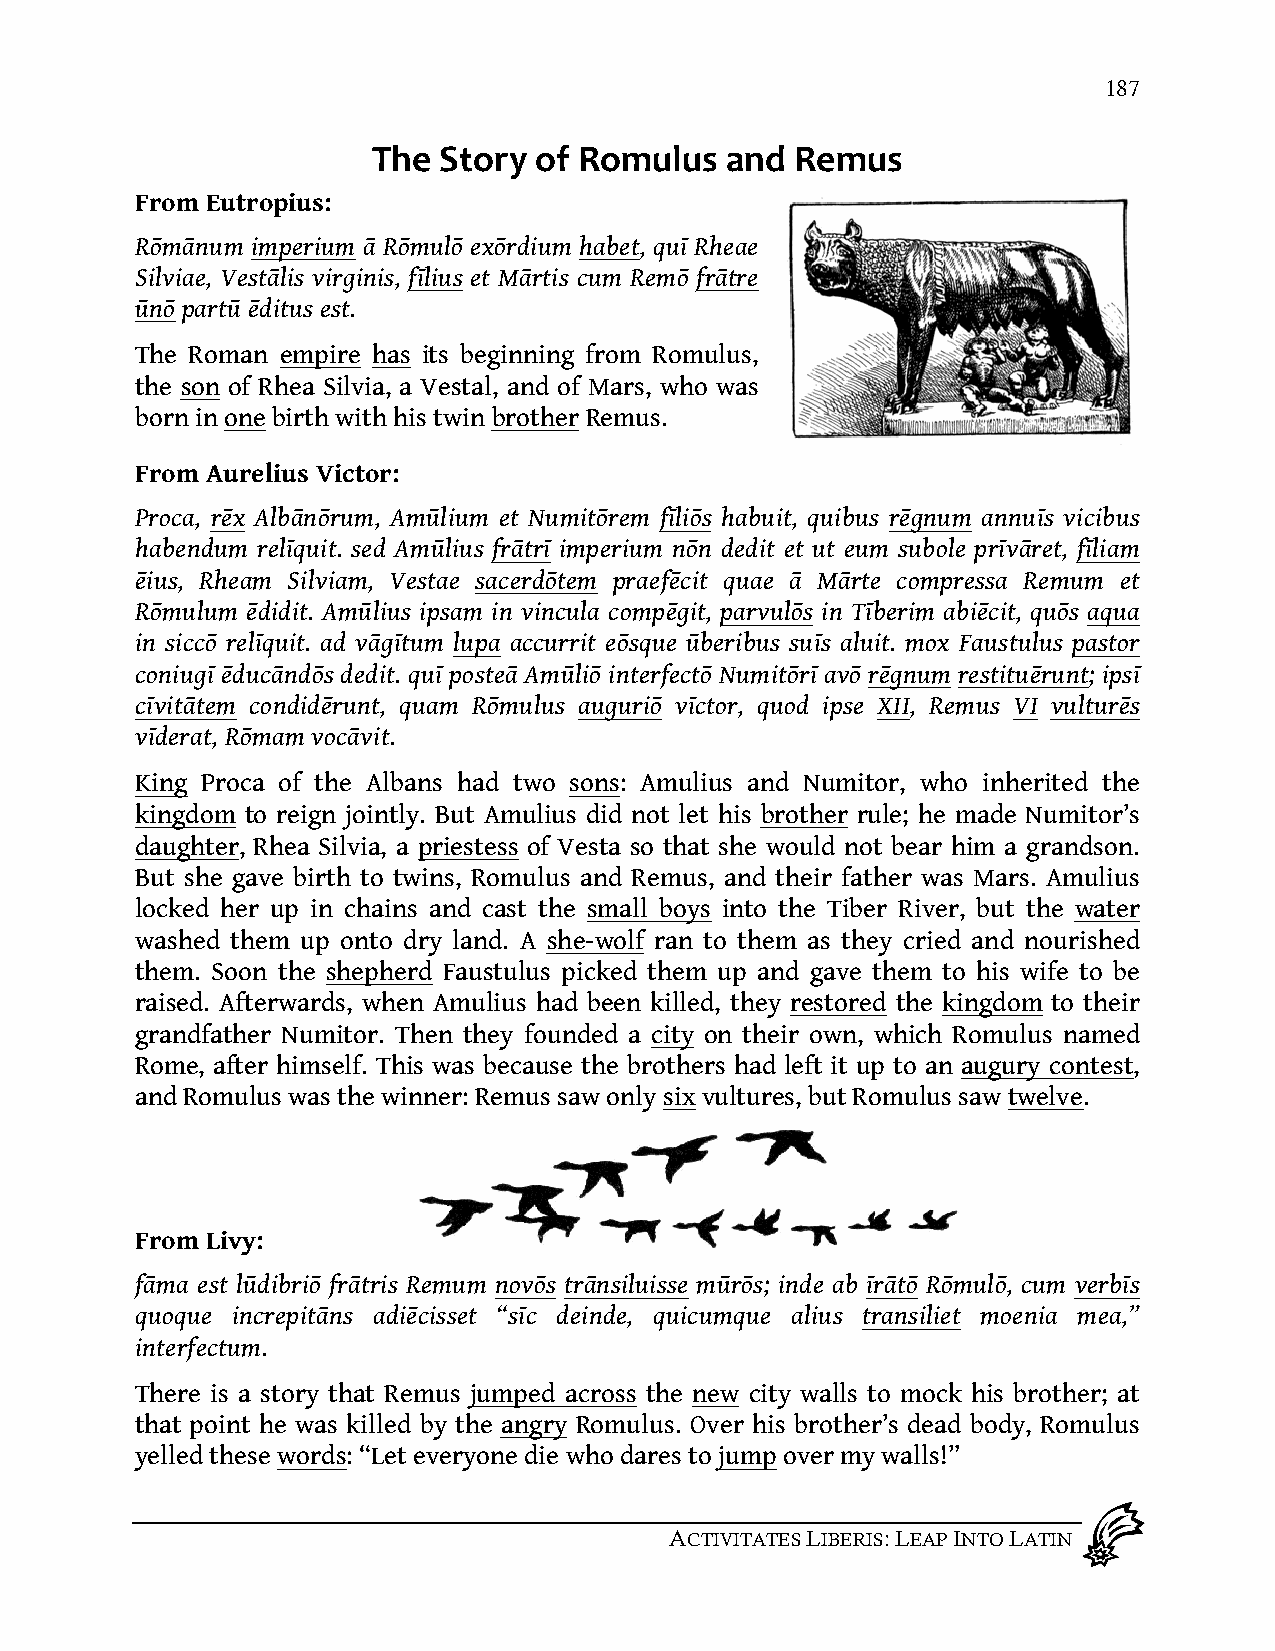
187
 !"#$%&'()$'*$+',-.-/$012$+#,-/$
 From Eutropius:
 R!m"num imperium " R!mul! ex!rdium habet, qu# Rheae
 Silviae, Vest"lis virginis, f#lius et M"rtis cum Rem! fr"tre
 $n! part$ %ditus est.
 The Roman empire has its beginning from Romulus,
 the son of Rhea Silvia, a Vestal, and of Mars, who was
 born in one birth with his twin brother Remus.
 From Aurelius Victor:
 Proca, r%x Alb"n!rum, Am$lium et Numit!rem f#li!s habuit, quibus r%gnum annu#s vicibus
 habendum rel#quit. sed Am$lius fr"tr# imperium n!n dedit et ut eum subole pr#v"ret, f#liam
 %ius, Rheam Silviam, Vestae sacerd!tem praef%cit quae " M"rte compressa Remum et
 R!mulum %didit. Am$lius ipsam in vincula comp%git, parvul!s in T#berim abi%cit, qu!s aqua
 in sicc! rel#quit. ad v"g#tum lupa accurrit e!sque $beribus su#s aluit. mox Faustulus pastor
 coniug# %duc"nd!s dedit. qu# poste" Am$li! interfect! Numit!r# av! r%gnum restitu%runt; ips#
 c#vit"tem condid%runt, quam R!mulus auguri! v#ctor, quod ipse XII, Remus VI vultur%s
 v#derat, R!mam voc"vit.
 King Proca of the Albans had two sons: Amulius and Numitor, who inherited the
 kingdom to reign jointly. But Amulius did not let his brother rule; he made Numitor’s
 daughter, Rhea Silvia, a priestess of Vesta so that she would not bear him a grandson.
 But she gave birth to twins, Romulus and Remus, and their father was Mars. Amulius
 locked her up in chains and cast the small boys into the Tiber River, but the water
 washed them up onto dry land. A she-wolf ran to them as they cried and nourished
 them. Soon the shepherd Faustulus picked them up and gave them to his wife to be
 raised. Afterwards, when Amulius had been killed, they restored the kingdom to their
 grandfather Numitor. Then they founded a city on their own, which Romulus named
 Rome, after himself. This was because the brothers had left it up to an augury contest,
 and Romulus was the winner: Remus saw only six vultures, but Romulus saw twelve.
 From Livy:
 f"ma est l$dibri! fr"tris Remum nov!s tr"nsiluisse m$r!s; inde ab #r"t! R!mul!, cum verb#s
 quoque increpit"ns adi%cisset “s#c deinde, quicumque alius transiliet moenia mea,”
 interfectum.
 There is a story that Remus jumped across the new city walls to mock his brother; at
 that point he was killed by the angry Romulus. Over his brother’s dead body, Romulus
 yelled these words: “Let everyone die who dares to jump over my walls!”
 ACTIVITATES LIBERIS: LEAP INTO LATIN